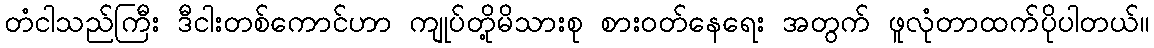
တံငါသည်ကြီး ဒီငါးတစ်ကောင်ဟာ ကျုပ်တို့မိသားစု စားဝတ်နေရေး အတွက် ဖူလုံတာထက်ပိုပါတယ်။